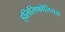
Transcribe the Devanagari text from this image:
इलिसिफोलियस